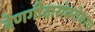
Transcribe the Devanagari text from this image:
देणगीदारांबरोबरच